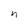
Character: n